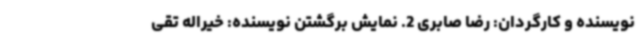
نویسنده و کارگردان: رضا صابری 2. نمایش برگشتن نویسنده: خیراله تقی